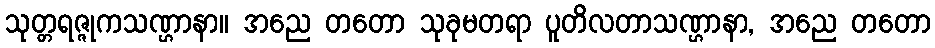
သုတ္တရဇ္ဇုကသဏ္ဌာနာ။ အညေ တတော သုခုမတရာ ပူတိလတာသဏ္ဌာနာ, အညေ တတော